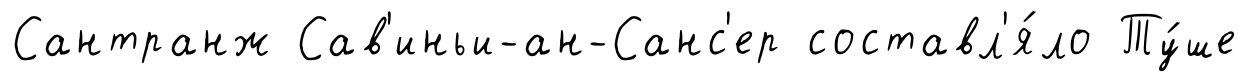
Сантранж Сав'иньи-ан-Санс'ер составл'я́ло Ту́ше